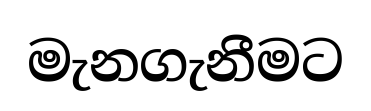
මැනගැනීමට